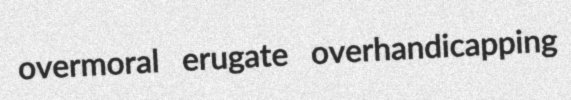
overmoral erugate overhandicapping